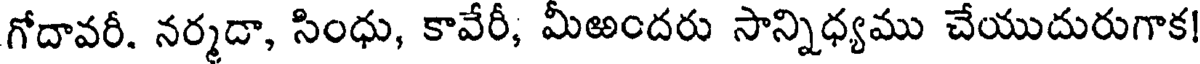
గోదావరీ. నర్మడా, సింధు, కావేరీ, మీఱందరు సాన్నిధ్యము చేయుదురుగాక